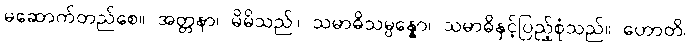
မဆောက်တည်စေ။ အတ္တနာ၊ မိမိသည်။ သမာဓိသမ္ပန္နော၊ သမာဓိနှင့်ပြည့်စုံသည်။ ဟောတိ၊